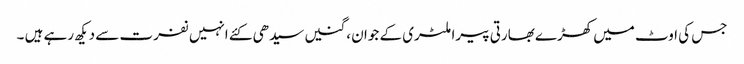
جس کی اوٹ میں کھڑے بھارتی پیرا ملٹری کے جوان ، گنیں سیدھی کئے انہیں نفرت سے دیکھ رہے ہیں ۔